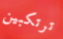
ترتكبين